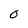
Character: 0